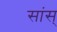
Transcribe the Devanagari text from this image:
सांस्